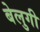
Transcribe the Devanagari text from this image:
बेलुगी